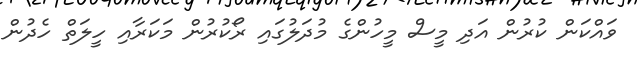
ވައްކަން ކުރުން އަދި މީސް މީހުންގެ މުދަލުގައި ރޯކުރުން މަކަރާއި ހީލަތް ހެދުން